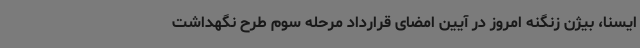
ایسنا، بیژن زنگنه امروز در آیین امضای قرارداد مرحله سوم طرح نگهداشت